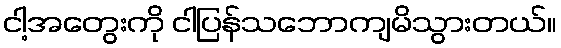
ငါ့အတွေးကို ငါပြန်သဘောကျမိသွားတယ်။